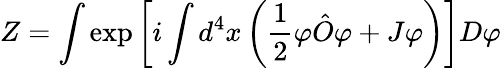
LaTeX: Z=\int\exp\left[i\int d^{4}x\left({\frac{1}{2}}\varphi{\hat{O}}\varphi+J\varphi\right)\right]D\varphi